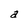
Character: a